Annual report of the Punjab Veterinary College and of the Civil Veterinary Department, Punjab - 1926-1932
Year: 1926
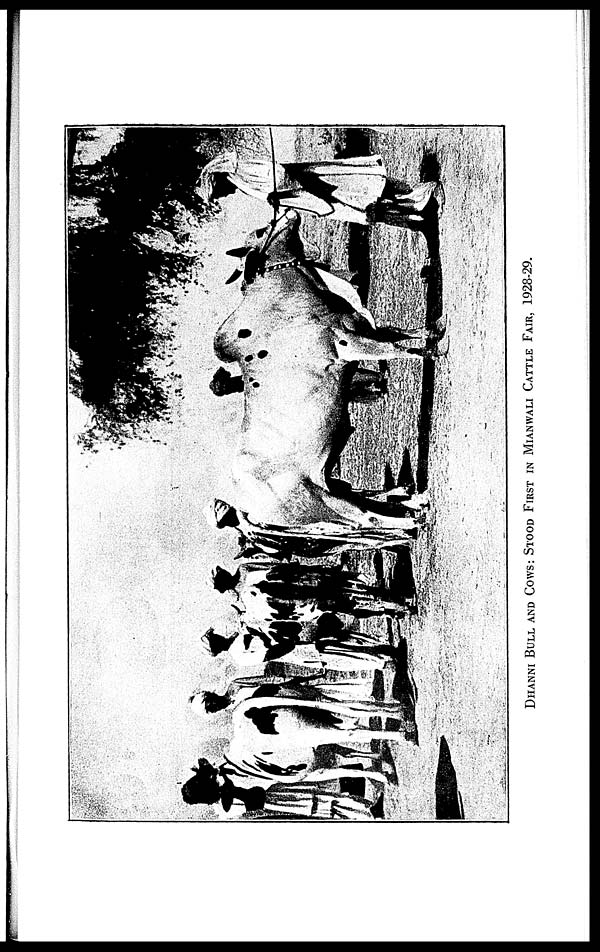
DHANNI BULL AND COWS: STOOD FIRST IN MIANWALI CATTLE FAIR, 1928-29.